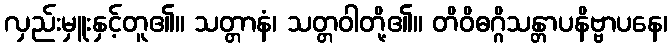
လှည်းမှူးနှင့်တူ၏။ သတ္တာနံ၊ သတ္တဝါတို့၏။ တိဝိဓဂ္ဂိသန္တာပနိဗ္ဗာပနေ၊